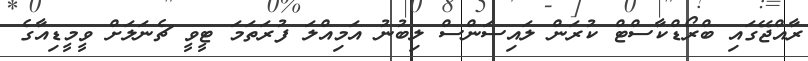
ރާއްޖޭގައި ބްރޯޑްކާސްޓް ކުރަން ލައިސަންސް ލިބުނު އަމިއްލަ ފުރަތަމަ ޓީވީ ޗެނަލަށް ވީމީޑިއާގެ